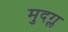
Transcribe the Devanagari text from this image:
मुदग्ल